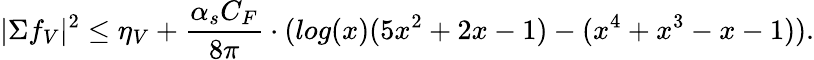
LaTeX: |\Sigma f_{V}|^{2}\le\eta_{V}+\frac{\alpha_{s}C_{F}}{8\pi}\cdot(log(x)(5x^{2}+2x-1)-(x^{4}+x^{3}-x-1)).